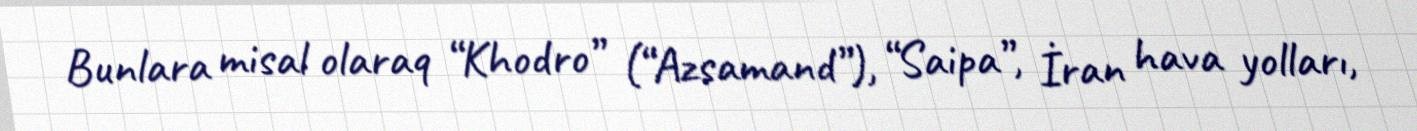
Bunlara misal olaraq “Khodro” (“Azsamand”), “Saipa”, İran hava yolları,